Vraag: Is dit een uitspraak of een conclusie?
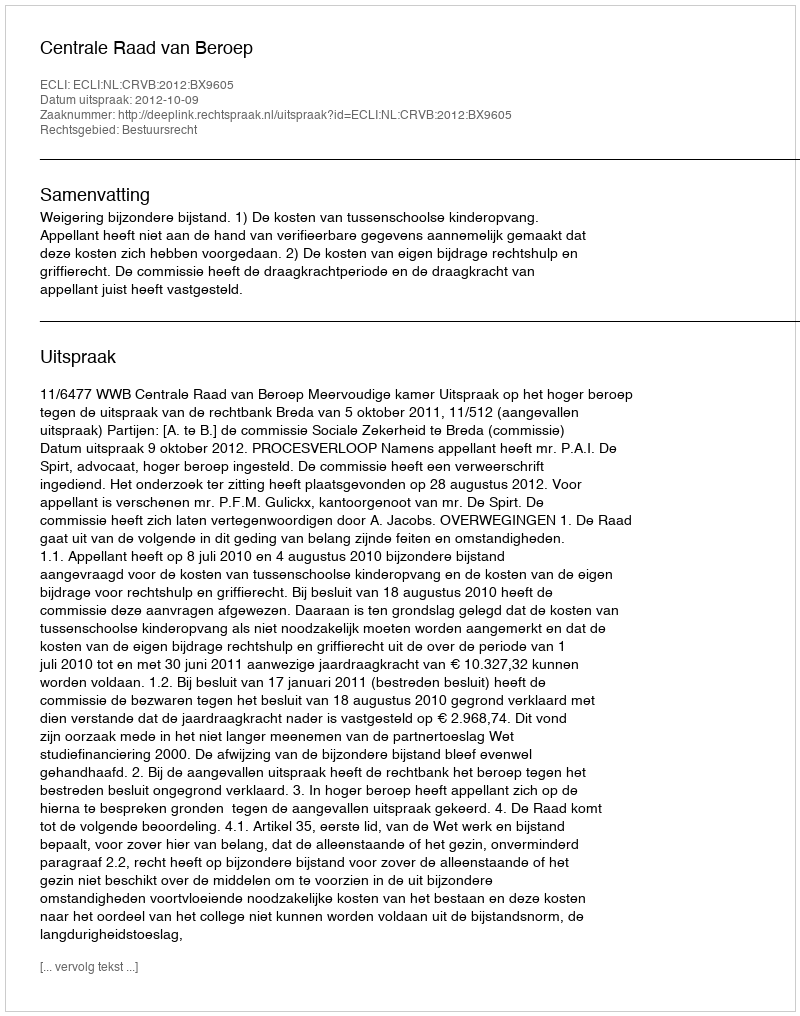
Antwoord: Uitspraak